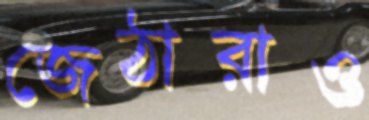
জেঠারাও